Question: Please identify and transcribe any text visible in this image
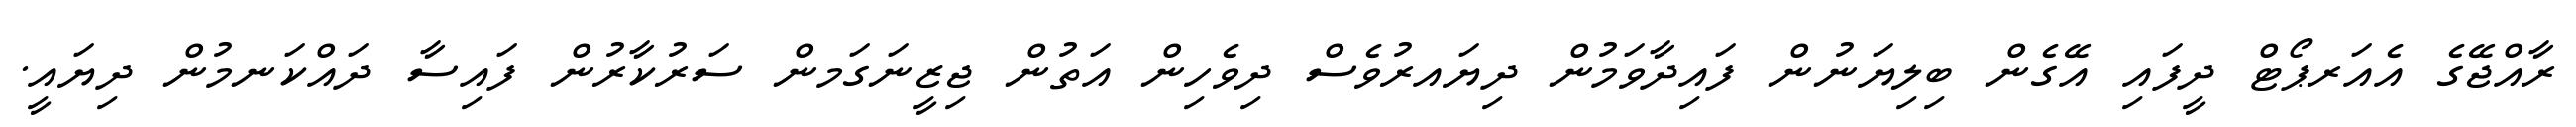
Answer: ރާއްޖޭގެ އެއަރޕޯޓް ދީފައި އޭގެން ބިލިޔަނުން ފައިދާވަމުން ދިޔައރުވެސް ދިވެހިން އަތުން ޖިޒީނަގަމން ސަރުކާރުން ފައިސާ ދައްކަނމުން ދިޔައީ.